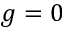
g = 0